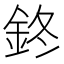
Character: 鉖